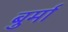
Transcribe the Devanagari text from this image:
बुर्मा